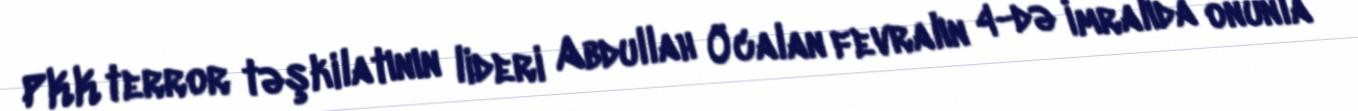
PKK terror təşkilatının lideri Abdullah Öcalan fevralın 4-də İmralıda onunla